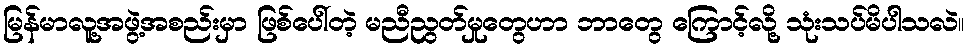
မြန်မာလူ့အဖွဲ့အစည်းမှာ ဖြစ်ပေါ်တဲ့ မညီညွတ်မှုတွေဟာ ဘာတွေ ကြောင့်လို့ သုံးသပ်မိပါသလဲ။